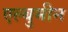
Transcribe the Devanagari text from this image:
एल्बुमीन